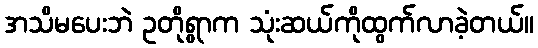
အသိမပေးဘဲ ဥတိုရွာက သုံးဆယ်ကိုထွက်လာခဲ့တယ်။